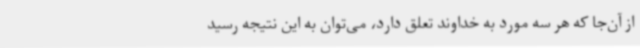
از آن‌جا که هر سه مورد به خداوند تعلق دارد، می‌توان به این نتیجه رسید